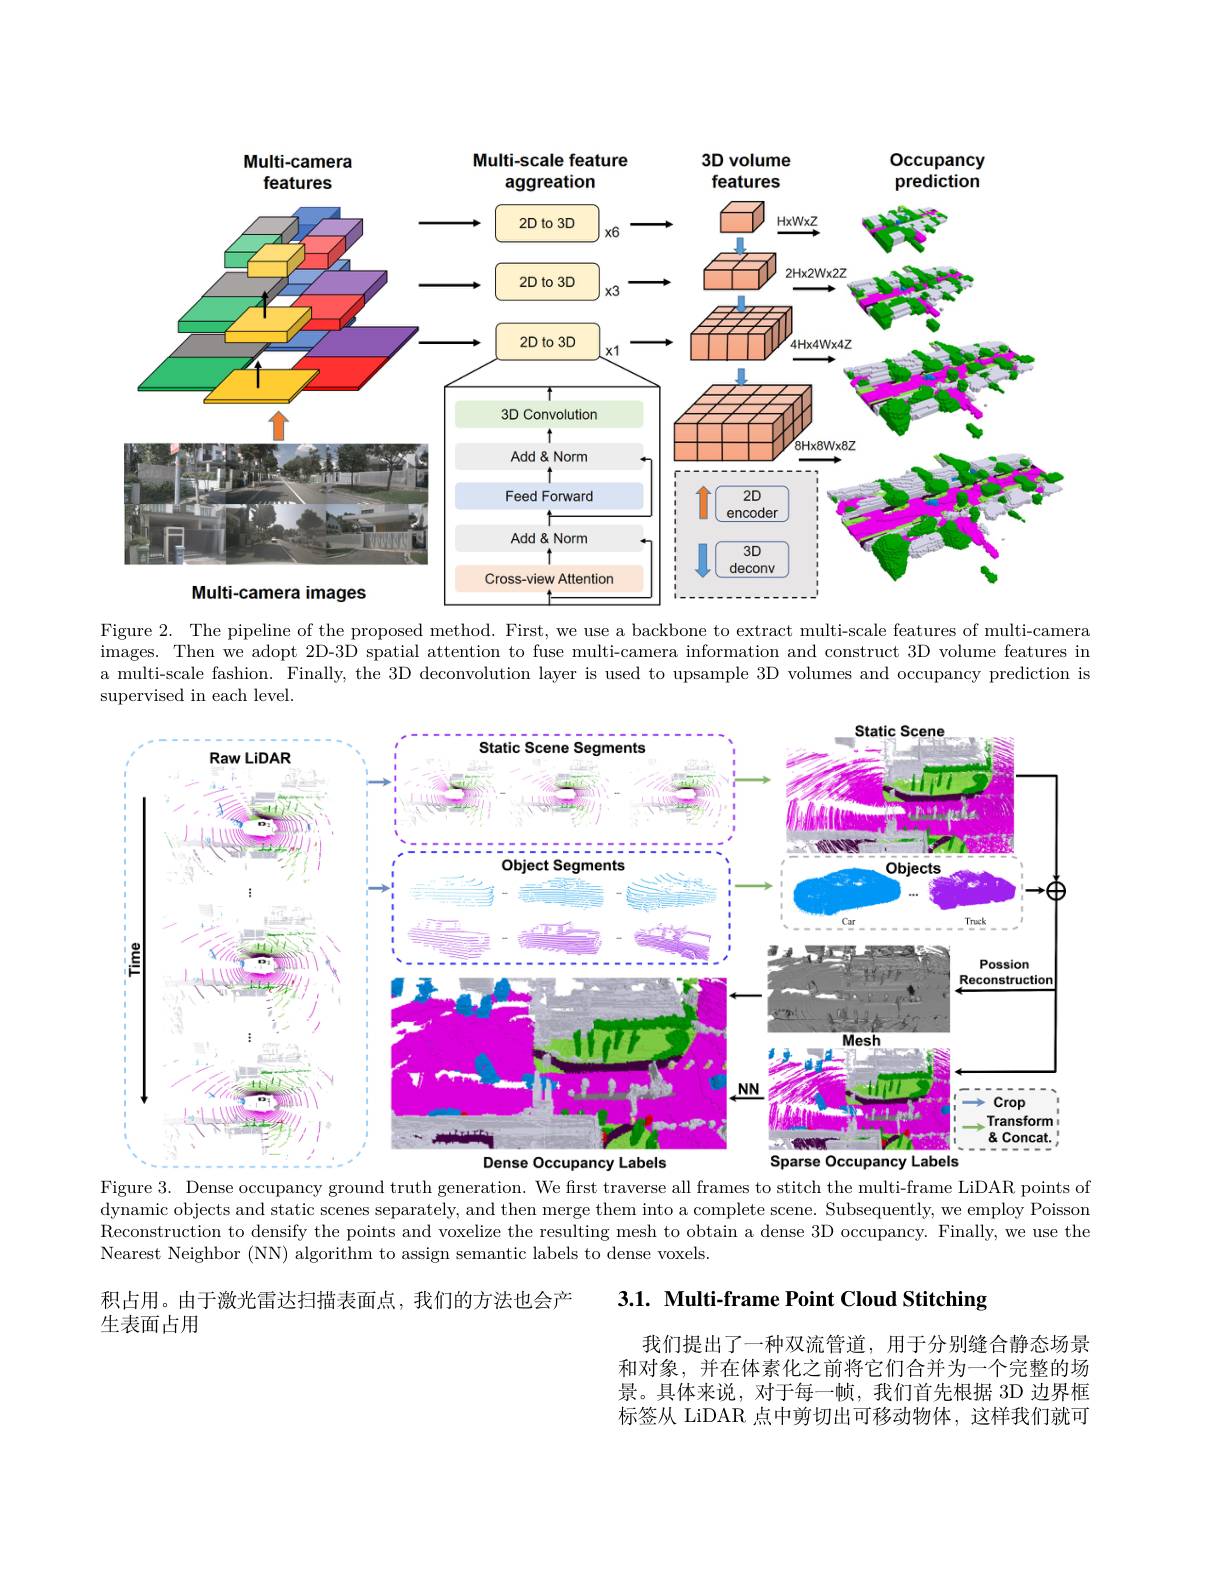
Multi-camera
<FigureHere>

Multi-scale feature
3D volume
Occupancy

Figure 2. The pipeline of the proposed method. First, we use a backbone to extract multi-scale features of multi-camera images. Then we adopt 2D-3D spatial attention to fuse multi-camera information and construct 3D volume features in a multi-scale fashion. Finally, the 3D deconvolution layer is used to upsample 3D volumes and occupancy prediction is supervised in each level.

<FigureHere>

Figure 3. Dense occupancy ground truth generation. We first traverse all frames to stitch the multi-frame LiDAR points of dynamic objects and static scenes separately, and then merge them into a complete scene. Subsequently, we employ Poisson Reconstruction to densify the points and voxelize the resulting mesh to obtain a dense 3D occupancy. Finally, we use the Nearest Neighbor (NN) algorithm to assign semantic labels to dense voxels.

3.1. Multi-frame Point Cloud Stitching

积占用。由于激光雷达扫描表面点，我们的方法也会产
生表面占用

我们提出了一种双流管道，用于分别缝合静态场景和对象，并在体素化之前将它们合并为一个完整的场景。具体来说，对于每一帧，我们首先根据 3D 边界框标签从 LiDAR 点中剪切出可移动物体，这样我们就可